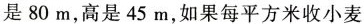
是80m，高是45m，如果每平方米收小麦